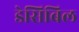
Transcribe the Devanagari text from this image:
डेसिबिल